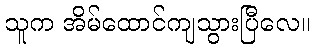
သူက အိမ်ထောင်ကျသွားပြီလေ။